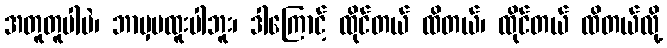
အတူတူပါပဲ၊ ဘာမှမထူးပါဘူး၊ ဒါကြောင့် ထိုင်တယ် ထိတယ်၊ ထိုင်တယ် ထိတယ်လို့